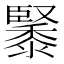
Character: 䵖